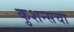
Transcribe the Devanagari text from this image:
कुशन्सचा